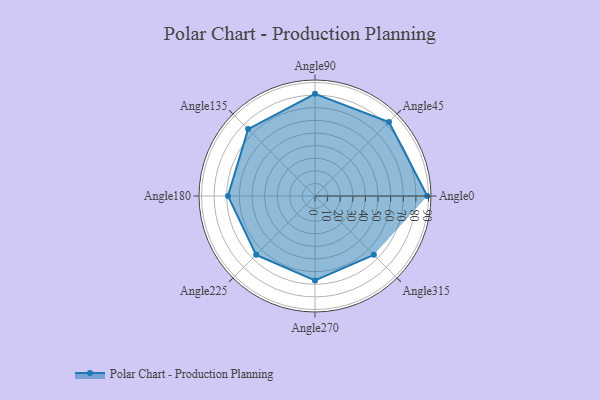
{"axis": {"x": "Angle", "y": "Radius"}, "legend": [""], "data": [{"x": "Angle0", "y": 89.0, "type": ""}, {"x": "Angle45", "y": 83.0, "type": ""}, {"x": "Angle90", "y": 81.0, "type": ""}, {"x": "Angle135", "y": 75.0, "type": ""}, {"x": "Angle180", "y": 69.0, "type": ""}, {"x": "Angle225", "y": 66.0, "type": ""}, {"x": "Angle270", "y": 67.0, "type": ""}, {"x": "Angle315", "y": 66.0, "type": ""}]}